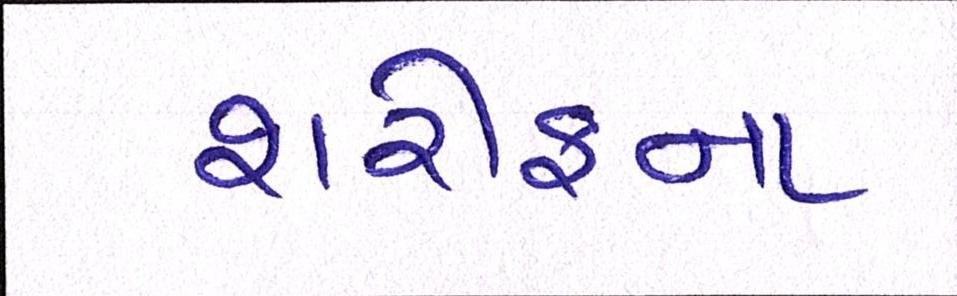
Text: શરીફના